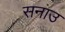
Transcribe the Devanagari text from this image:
सनाउ